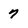
Character: 7